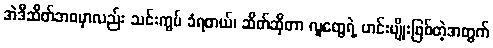
အဲဒီဆိတ်ဘဝမှာလည်း သင်းကွပ် ခံရတယ်၊ ဆိတ်ဆိုတာ လူတွေရဲ့ ဟင်းမျိုးဖြစ်တဲ့အတွက်